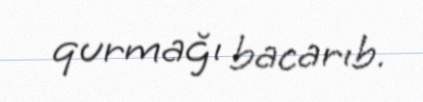
qurmağı bacarıb.